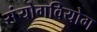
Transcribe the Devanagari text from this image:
संयोगवियोग